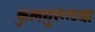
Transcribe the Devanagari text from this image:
कुलगुरूंच्या